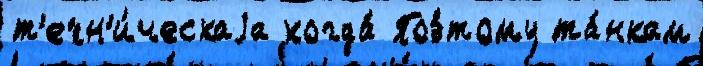
т'ехн'и́ческаjа когда́ Поэ́тому та́нкам